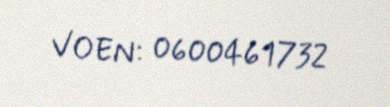
VOEN: 0600461732